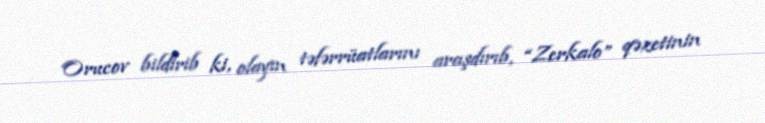
Orucov bildirib ki, olayın təfərrüatlarını araşdırıb, “Zerkalo” qəzetinin